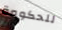
للحكومة